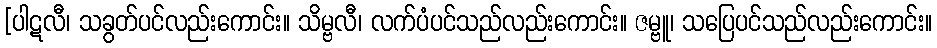
[ပါဋလီ၊ သခွတ်ပင်လည်းကောင်း။ သိမ္ဗလီ၊ လက်ပံပင်သည်လည်းကောင်း။ ဇမ္ဗူ၊ သပြေပင်သည်လည်းကောင်း။